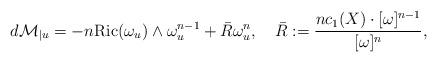
LaTeX: \begin{align*}d\mathcal{M}_{|u}=-n\mbox{Ric}(\omega_{u})\wedge\omega_{u}^{n-1}+\bar{R}\omega_{u}^{n},\,\,\,\,\,\,\bar{R}:=\frac{nc_{1}(X)\cdot[\omega]^{n-1}}{[\omega]^{n}},\end{align*}